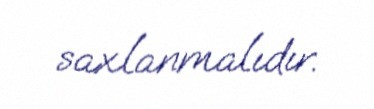
saxlanmalıdır.